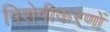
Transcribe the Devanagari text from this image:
विशेषीकरणों